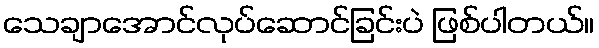
သေချာအောင်လုပ်ဆောင်ခြင်းပဲ ဖြစ်ပါတယ်။